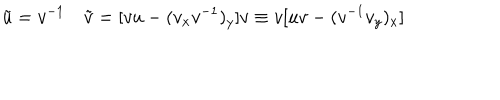
\tilde { u } = v ^ { - 1 } \quad \tilde { v } = [ v u - ( v _ { x } v ^ { - 1 } ) _ { y } ] v \equiv v [ u v - ( v ^ { - 1 } v _ { y } ) _ { x } ]